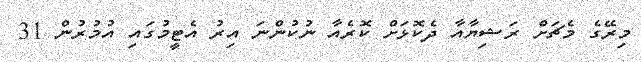
މިރޭގެ މެޗަށް ރަޝިޔާއާ ދެކޮޅަށް ކޮރެއާ ނުކުންނަ އިރު އެޓީމުގައި އުމުރުން 31